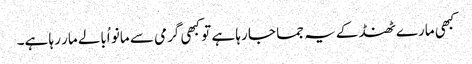
کبھی مارے ٹھنڈ کے یہ جما جا رہا ہے تو کبھی گرمی سے مانو اُبالے مار رہا ہے۔